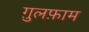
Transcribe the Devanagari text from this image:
ग़ुलफ़ाम